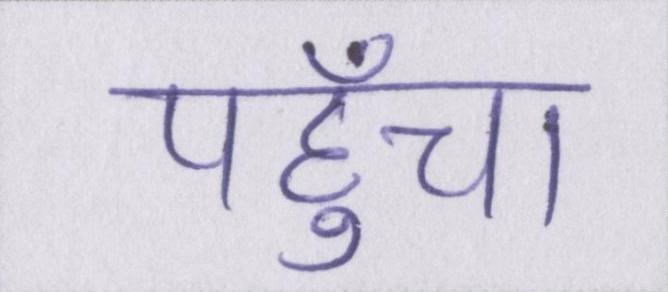
पहुँचा